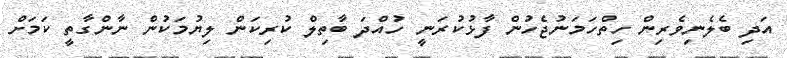
އަދި ބެލެނިވެރިން ހިތްހަމަނުޖެހުން ފާޅުކުރަނީ ހުއްދަ ބާތިލް ކުރިކަން ލިޔުމަކުން ނާންގާތީ ކަމަށް